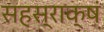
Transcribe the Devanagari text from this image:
सहस्राक्षं